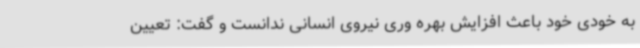
به خودی خود باعث افزایش بهره وری نیروی انسانی ندانست و گفت: تعیین